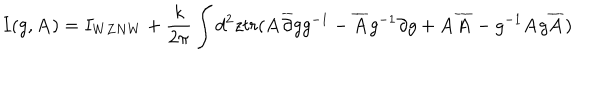
I ( g , { \bf A } ) = I _ { W Z N W } + \frac { k } { 2 \pi } \int d ^ { 2 } z t r ( { \bf A } \overline { { { \partial } } } g g ^ { - 1 } - \overline { { { { \bf A } } } } g ^ { - 1 } \partial g + { \bf A } \overline { { { { \bf A } } } } - g ^ { - 1 } { \bf A } g \overline { { { { \bf A } } } } )